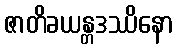
ဇာတိခယန္တဒဿိနော